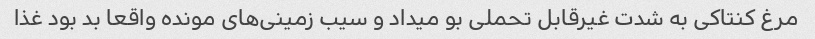
مرغ کنتاکی به شدت غیرقابل تحملی بو میداد و سیب زمینی‌های مونده واقعا بد بود غذا